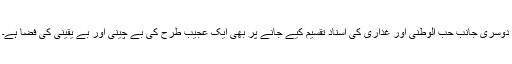
دوسری جانب حب الوطنی اور غداری کی اسناد تقسیم کیے جانے پر بھی ایک عجیب طرح کی بے چینی اور بے یقینی کی فضا ہے۔